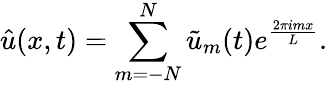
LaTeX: \hat{u}(x,t)=\sum_{m=-N}^{N}\tilde{u}_{m}(t)e^{\frac{2\pi imx}{L}}.